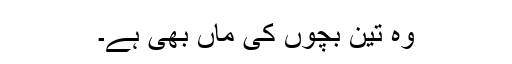
وہ تین بچوں کی ماں بھی ہے۔